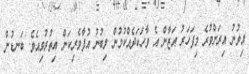
އިވުނު އިރަށްވުރެ މިފަހަރު އަޒާން އެ ވާހަކަދެއްކުމުން ލިބުނު އުފާވެރިކަން އިތުރުވިއެވެ. ބަނޑުން